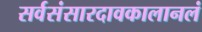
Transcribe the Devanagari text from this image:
सर्वसंसारदावकालानलं